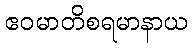
ဧဝမာတိစရမာနာယ